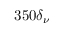
3 5 0 \delta _ { \nu }